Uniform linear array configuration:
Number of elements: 8
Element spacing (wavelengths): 0.75
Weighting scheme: kaiser
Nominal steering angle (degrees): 60
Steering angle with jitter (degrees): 59.178
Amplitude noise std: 0.05
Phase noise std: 0.05

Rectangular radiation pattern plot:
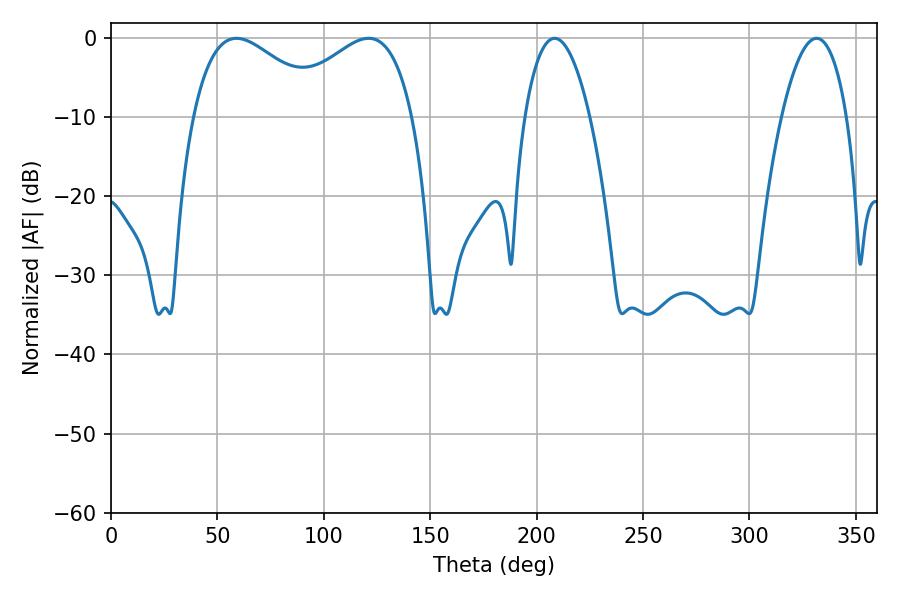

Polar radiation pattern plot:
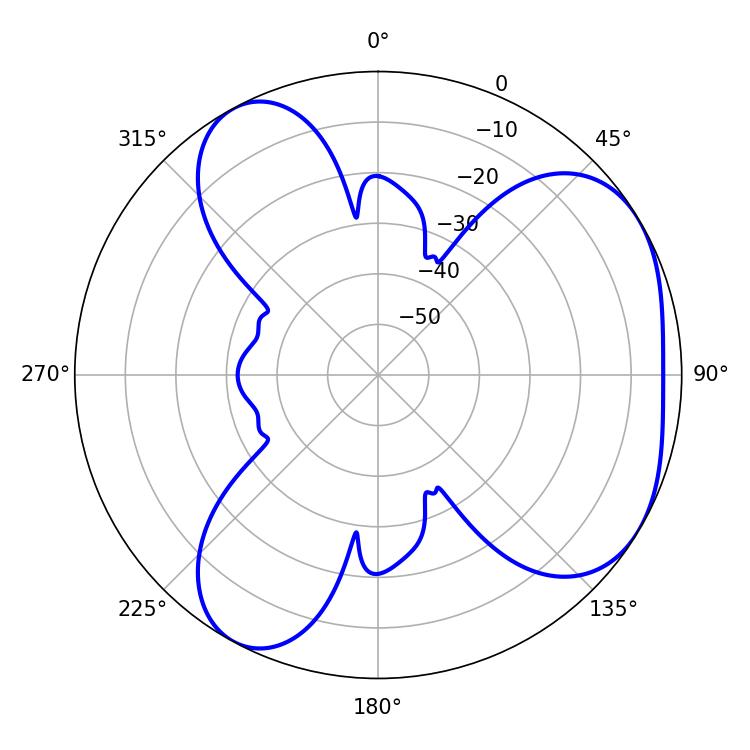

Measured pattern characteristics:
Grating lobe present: TRUE
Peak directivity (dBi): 4.428
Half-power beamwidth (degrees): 16.92
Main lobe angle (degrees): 208.44